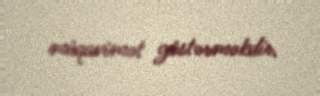
müqavimət göstərməkdir.